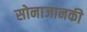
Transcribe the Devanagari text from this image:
सोनाजानकी